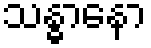
သန္ဓာနော